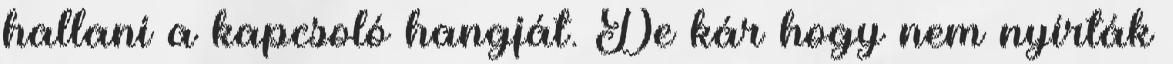
hallani a kapcsoló hangját. De kár hogy nem nyírták